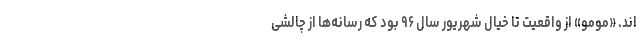
اند. «مومو» از واقعیت تا خیال شهریور سال ۹۶ بود که رسانه‌ها از چالشی